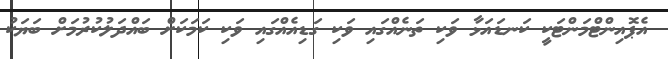
އެޕޮއިންޓްމަންޓަކީ ކަނޑައަޅާ ވަކި ތަނެއްގައި ވަކި ގަޑިއެއްގައި ވަކި ކަމަކަށް ބައްދަލުކުރުމަށް ބަޔަކު